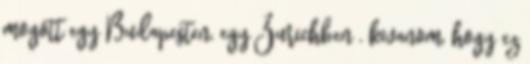
mogott egy Budapesten, egy Zurichben , kivanom, hogy ez